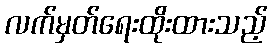
လက်မှတ်ရေးထိုးထားသည့်